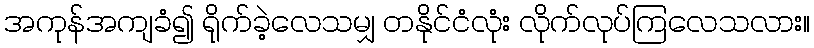
အကုန်အကျခံ၍ ရိုက်ခဲ့လေသမျှ တနိုင်ငံလုံး လိုက်လုပ်ကြလေသလား။